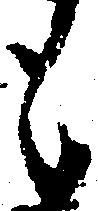
も